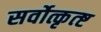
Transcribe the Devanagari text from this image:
सर्वोत्कृत्ष्ट